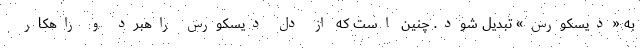
به «دیسکورس» تبدیل شود. چنین است که از دل دیسکورس راهبرد و راهکار